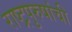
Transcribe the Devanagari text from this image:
राष्ट्रपुरुषांची